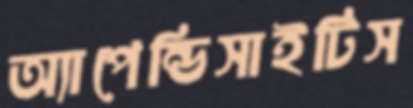
অ্যাপেন্ডিসাইটিস